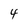
Character: 4